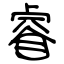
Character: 睿